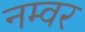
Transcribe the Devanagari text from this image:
नम्वर